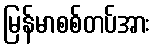
မြန်မာစစ်တပ်အား